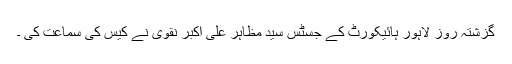
گزشتہ روز لاہور ہائیکورٹ کے جسٹس سید مظاہر علی اکبر نقوی نے کیس کی سماعت کی ۔